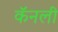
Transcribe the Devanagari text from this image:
कॅनली